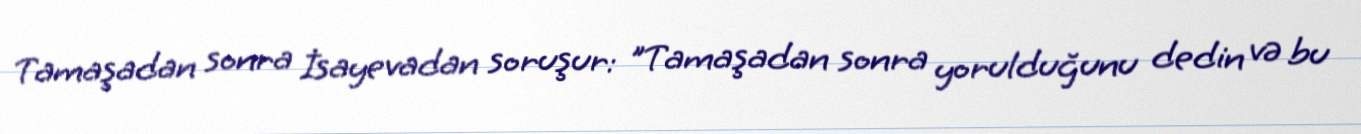
Tamaşadan sonra İsayevadan soruşur: "Tamaşadan sonra yorulduğunu dedin və bu